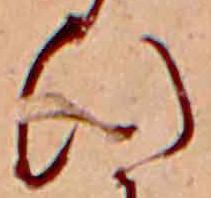
ひ